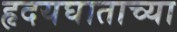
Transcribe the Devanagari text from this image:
हृदयघाताच्या